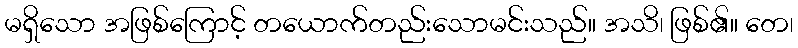
မရှိသော အဖြစ်ကြောင့် တယောက်တည်းသောမင်းသည်။ အသိ၊ ဖြစ်၏။ တေ၊